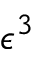
\epsilon ^ { 3 }